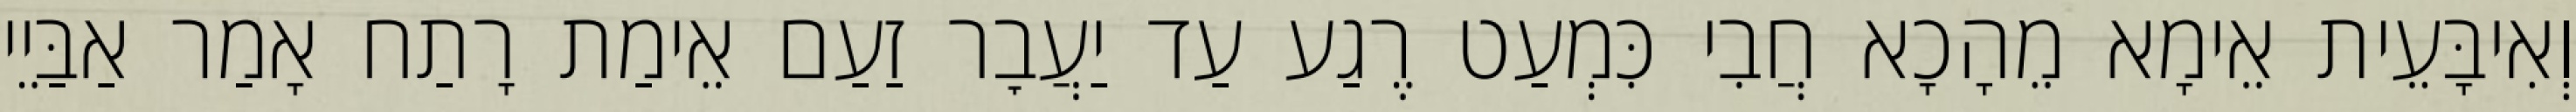
וְאִיבָּעֵית אֵימָא מֵהָכָא חֲבִי כִּמְעַט רֶגַע עַד יַעֲבׇר זַעַם אֵימַת רָתַח אָמַר אַבַּיֵי